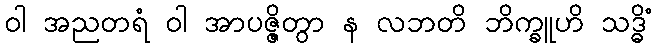
ဝါ အညတရံ ဝါ အာပဇ္ဇိတွာ န လဘတိ ဘိက္ခူဟိ သဒ္ဓိံ